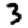
Digit: 3